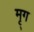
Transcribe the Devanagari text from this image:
मृ्ग